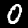
Label: 0